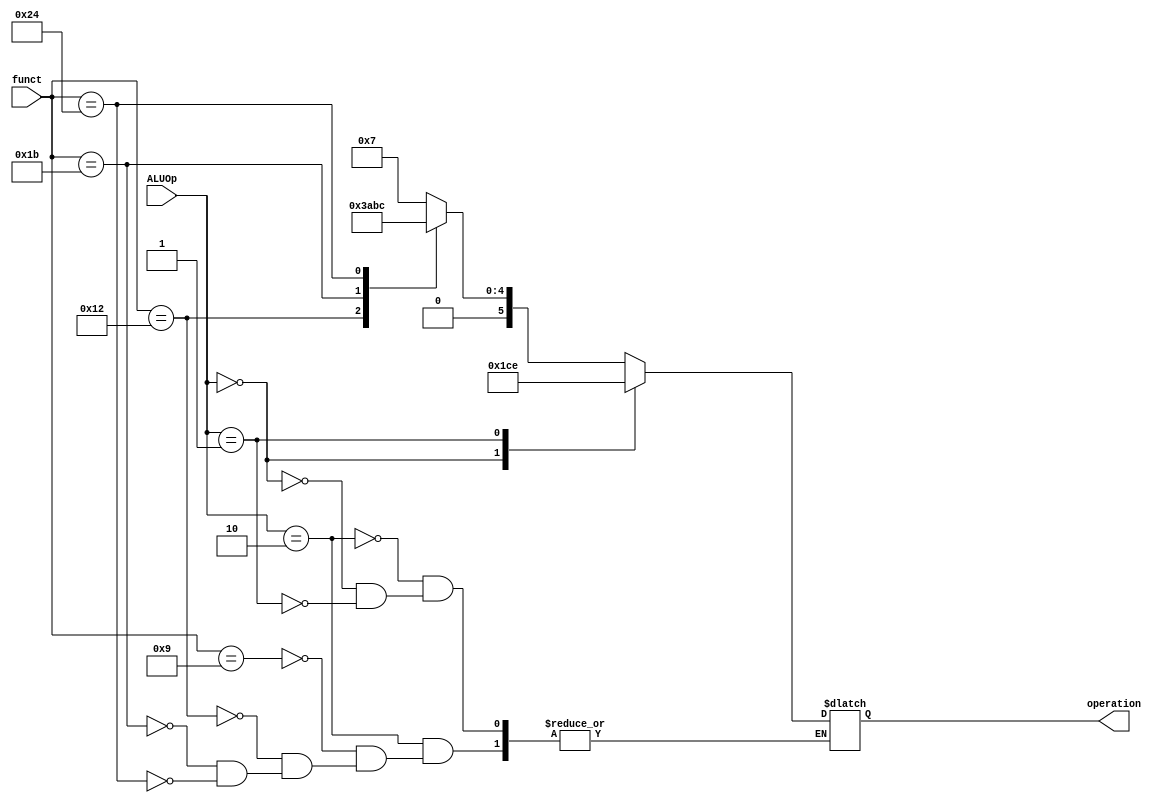
module ALU_Control(
funct,
ALUOp,
operation);
input[5:0]funct;
input [2:0]ALUOp;
output reg [5:0]operation;

always@(*)
begin
case(ALUOp)
2:begin
	case(funct)
	9:operation<=7;
	18:operation<=14;
	27:operation<=21;
	36:operation<=28;
	default:;
	endcase
	end
0:operation<=7;
1:operation<=14;
default:;
endcase
end
endmodule